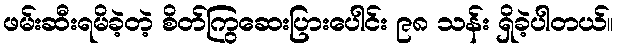
ဖမ်းဆီးရမိခဲ့တဲ့ စိတ်ကြွဆေးပြားပေါင်း ၉၈ သန်း ရှိခဲ့ပါတယ်။